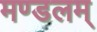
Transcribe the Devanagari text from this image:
मण्डलम्